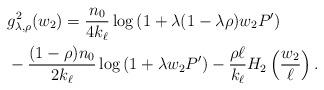
LaTeX: \begin{align*} & g_{\lambda, \rho}^2 (w_2) = \frac{n_0}{4 k_{\ell}} \log\left( 1 + \lambda (1 - \lambda \rho) w_2 P' \right) \\ & - \frac{(1 - \rho ) n_0}{2 k_{\ell}} \log \left( 1 + \lambda w_2 P' \right) - \frac{\rho \ell}{k_{\ell}} H_2 \left( \frac{w_2}{\ell} \right). \end{align*}